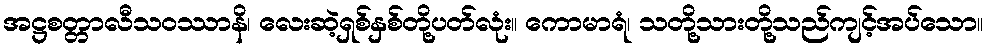
အဋ္ဌစတ္တာလီသဝဿာနိ၊ လေးဆဲ့ရှစ်နှစ်တို့ပတ်လုံး။ ကောမာရံ၊ သတို့သားတို့သည်ကျင့်အပ်သော။